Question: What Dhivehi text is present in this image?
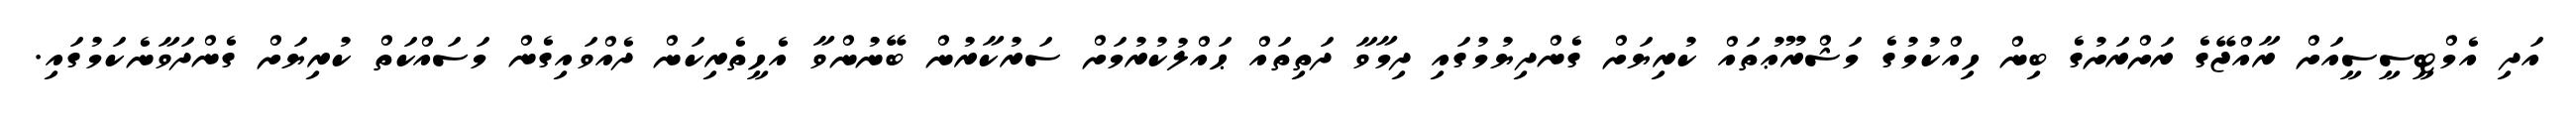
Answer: އަދި އެމްޓީސީސީއަށް ރާއްޖޭގެ ރަށްރަށުގެ ބިން ހިއްކުމުގެ މަޝްރޫޢުތައް ކުރިޔަށް ގެންދިޔުމުގައި ދިމާވާ ދަތިތައް ޙައްލުކުރުމަށް ސަރުކާރުން ބޭނުންވާ އެހީތެރިކަން ދެއްވައިގެން މަސައްކަތް ކުރިޔަށް ގެންދަވާނެކަމުގައި.